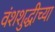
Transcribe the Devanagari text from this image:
वंशशुद्धीच्या